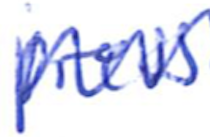
Text: press
Cross-out: zig-zag
Writing tool: ballpoint